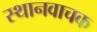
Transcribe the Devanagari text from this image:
स्थानवाचक